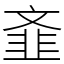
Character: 𲊦